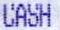
CASH